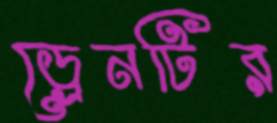
ড্রেনটির